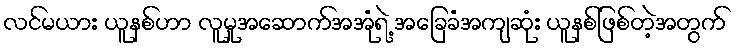
လင်မယား ယူနစ်ဟာ လူမှုအဆောက်အအုံရဲ့ အခြေခံအကျဆုံး ယူနစ်ဖြစ်တဲ့အတွက်